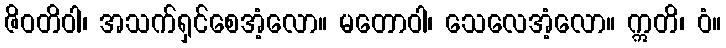
ဇိဝတိဝါ၊ အသက်ရှင်စေအံ့လော။ မတောဝါ၊ သေလေအံ့လော။ ဣတိ၊ ဝံ။